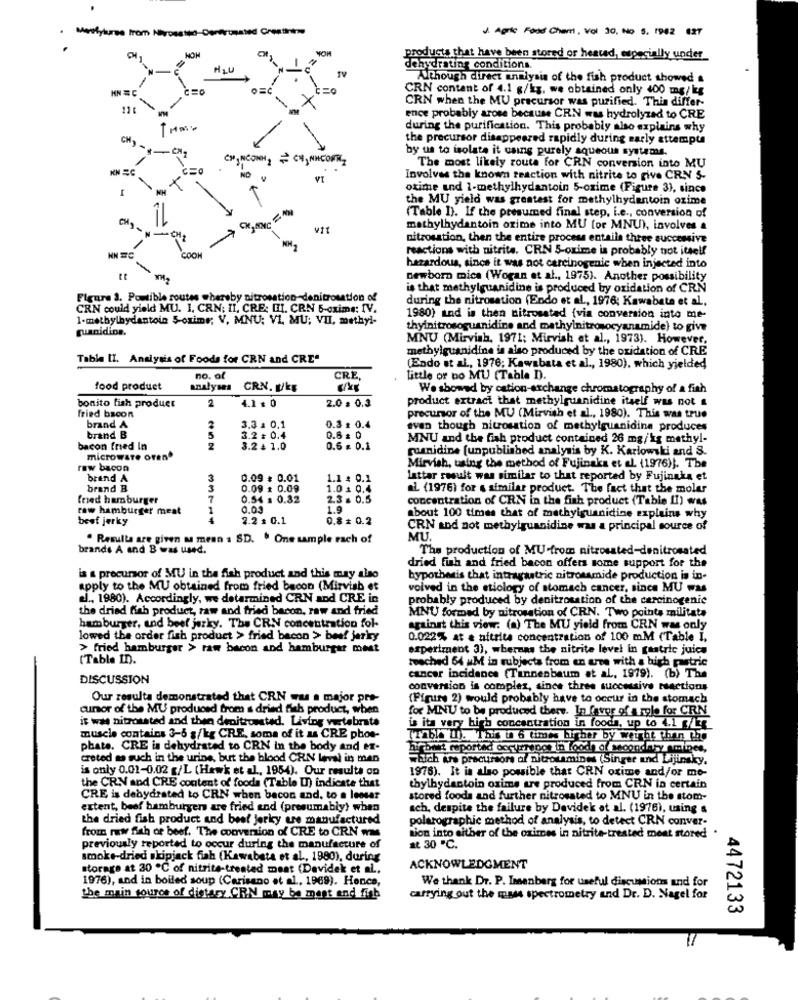
J. Agric Food Chami, Vol 30, No S. 1942 427
products that have been stored or heated, especially under
HU
dehydrating conditions.
Although direct analysis of the fish product showed a
CRN content of 4.1 g/kg, we obtained only 400 mg/ kg
CRN when the MU precursor was purified. This differ-
116
ence probably arose because CRN ww hydrolyzed to CRE
during the purification. This probably also explains why
the precursor disappeared rapidly during early attempts
by us to isolate it using purely aqueous systems.
CH, NCONH, CH, NHCONT
KN SC
NO
The most likely route for CRN conversion into MU
Involves the known reaction with nitrite to give CRN 5-
otime and 1-methylhydantoin 5-oxime (Figure 3), since
the MU yield was greatest for methylhydantoin ozime
(Table I). If the presumed final step, i.e ., conversion of
methylhydantoin orime into MU for MNU), involves a
nitrosation, then the entire process entails three successive
reactions with nitrite. CRN 5-oxime is probably not itself
hazardous, since it was not carcinogenic when injected into
newborn mica (Wogan et al ., 1975). Another possibility
is that methylguanidine is produced by oxidation of CRN
Figure 3. Pomtible routes whereby aitrosation-denitrosation of
during the nitrosation (Endo et al ., 1976; Kawabata et al.
CRN could yield MU. 1. CAN; II, CRE: [II. CRN 5-exime; IV.
1-methylbydantoin 5-oxime; V. MNU: VI, MU; VII, methyl-
1980) and is then nitrosstad {via conversion into me-
guanidine.
thyinitrosoguanidine and mathylnitrosocyanamide) to give
MNU (Mirvish, 1971; Mirvish et al ., 1973). However,
methylguanidine is also produced by the oxidation of CRE
Tabla II. Analysis of Foods for CRN and CRE"
(Endo et al ., 1976; Kawabata et al ., 1980), which yielded
no. of
CRE
Little or bo MU (Table D).
food product
analyses
CRN. D/kg
We showed by cation-archange chromatography of a fish
2
4.1 : 0
2.0 = 0.3
product extract that methylguanidine itself was not &
bonito fish product
fried bacon
precursor of the MU (Mirvish et al ., 1980). This was true
brand A
2
3.3 = 0.1
0.3 z 0.4
even though nitrosation of methylguanidina produces
brand B
3.2 = 0.4
0.6 = 0
MNU and the fish product contained 26 mg/kg methyl-
bacon fried In
2
3.2 4 1.0
0.6 . 0.1
ruanidine [unpublished analysis by K. Karlowski and S.
microwave oren.
raw bacon
Mirvish, using the method of Fujinaks et al. (1976)}. The
brand A
3
0.09 $ 0.01
1.1 : 0.1
lattar result was similar to that reported by Fujinaka et
brand B
3
0.09 1 0.09
1.0 : 0.4
al (1976) for a similar product. The fact that the molar
fred hamburger
7
0.54 : 0.32
2.3 = 0.5
concentration of CRN in the fish product (Table II) was
row hamburger meat
1
0.03
1.9
beef jerky
2.2 $ 0.1
0.8 + 0.2
about 100 times that of mathyiguanidine explains why
CRN and not methylguanidine was a principal source of
. Results are given M mean : SD. " One sample rach of
MU.
brands A and B was used.
The production of MU-from nitrossted-denitrosated
dried fish and fried bacon offers some support for the
is a precursor of MU in the fish product and this may also
hypothesis that intragastric nitromamide production is in-
apply to the MU obtained from fried bacon (Mirvish et
voived in the etiology of stomach cancer, since MU was
el ., 1980). Accordingly, we determined CRN and CRE in
probably produced by denitrosation of the carcinogenic
the dried fish product, raw and fried bacon, raw and fried
MNU formed by nitrosation of CRN. Two points militato
hamburger, und beef jerky. The CRN concentration fol-
against this view: (a) The MU yield from CRN was only
lowed the order fish product > fried bacon > beef jerky
0.022% at e nitrite concentration of 100 mM (Table I,
> fried hamburger > raw bacon and hamburger meat
experiment 3), whereas the nitrite level in gastric juice
(Table In).
reached 64 uM in subjects from en arte with a high pastric
DISCUSSION
cancer incidence (Tannenbaum at al, 1979). (b) The
conversion is complex, since three successive reactions
Our resulta demonstrated that CRN was a major pre-
(Figure 2) would probably have to occur in the stomach
cumor of the MU produced from s dried fish product, when
for MNU to be produced there. In favor ofa role for CRN
it was nitrosated and then denittonstad. Living vertebrate
is ita very high concentration in foodh, up to 4.1 /5
muscle contains 3-5 g/kg CRE, soma of it as CRE phos-
Trable Il). This in 6 times bigber by weight then the
phate. CRE is dehydrated to CRN in the body and ex-
hirdet reported occurrenot in food, of secondary amines,
creted as such in the urine, but the blood CRN laval in man
which Are precursore of nitroamines (Singer und Lijinsky,
is only 0.01-0.02 g/L (Hawk et al, 1954). Our results on
1978). It is also possible that CRN oxime and/or me-
the CRY and CRE content of fooda (Table IT) indicate that
thylhydantoin oxime are produced from CRN in certain
CRE is dehydrated to CRN when bacon and, to a leosar
stored foods and further nitrosated to MNU in the stom-
extent, beef hamburgers are fried and (presumably) when
ach, despite the failure by Davidek et al. (1976), using
the dried fish product and beef jerky ue manufactured
polarographic method of analysis, to detect CRN conver-
from raw fish of beef. The conversion of CRE to CRN ms
tion into either of the oximes in nitrite-treated meat stored
previously reported to occur during the manufacture of
at 30 ℃.
smoke-dried skipjack fish (Kawabata et al ., 1980), during
storage at 30 ℃ of nitrite-treated meat (Devidek et al .,
ACKNOWLEDGMENT
1976), and in boiled soup (Cerisano et al ., 1969). Honce,
We thank Dr. P. Imsenberg for useful discusion and for
the main source of dietary CRN may be mast and fish
carrying out the mass spectrometry and Dr. D. Nagel for
4472133